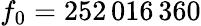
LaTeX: f_{0}=252\, 016\, 360